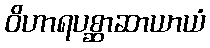
ဝိဟာရပစ္ဆာဆာယာယံ